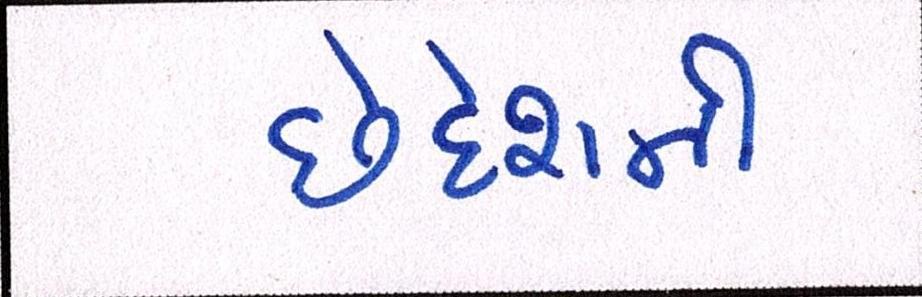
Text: છેદેશની